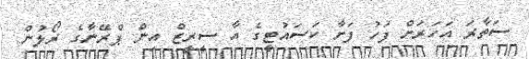
ސަތާރަ އަހަރަށް ފަހު ފަށާ ކަސައުޓީގެ އާ ސީރީޒް އިން ޕްރޭނާގެ ރޯލުން